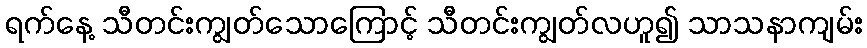
ရက်နေ့ သီတင်းကျွတ်သောကြောင့် သီတင်းကျွတ်လဟူ၍ သာသနာကျမ်း